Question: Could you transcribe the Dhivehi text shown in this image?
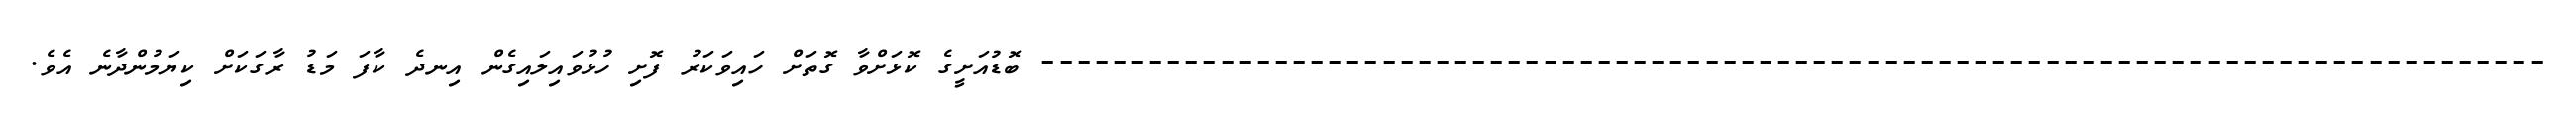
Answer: ------------------------------------------------------------------------------------ ބޮޑުއަށީގެ ކޮޅަށްވާ ގޮތަށް ހައިވަކަރު ފޮށި ހުޅުވައިލައިގެން އިނދެ ކާފަ މަޑު ރާގަކަށް ކިޔަމުންދާނެ އެވެ.